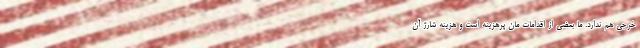
خرجی هم ندارد. ما بعضی از اقدامات مان پرهزینه است و هزینه شارژ آن